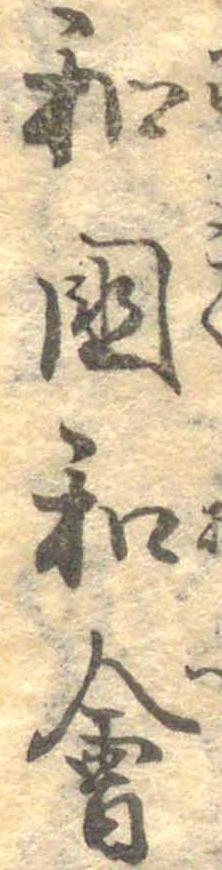
和国和会